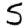
Digit: 5